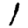
Digit: 1